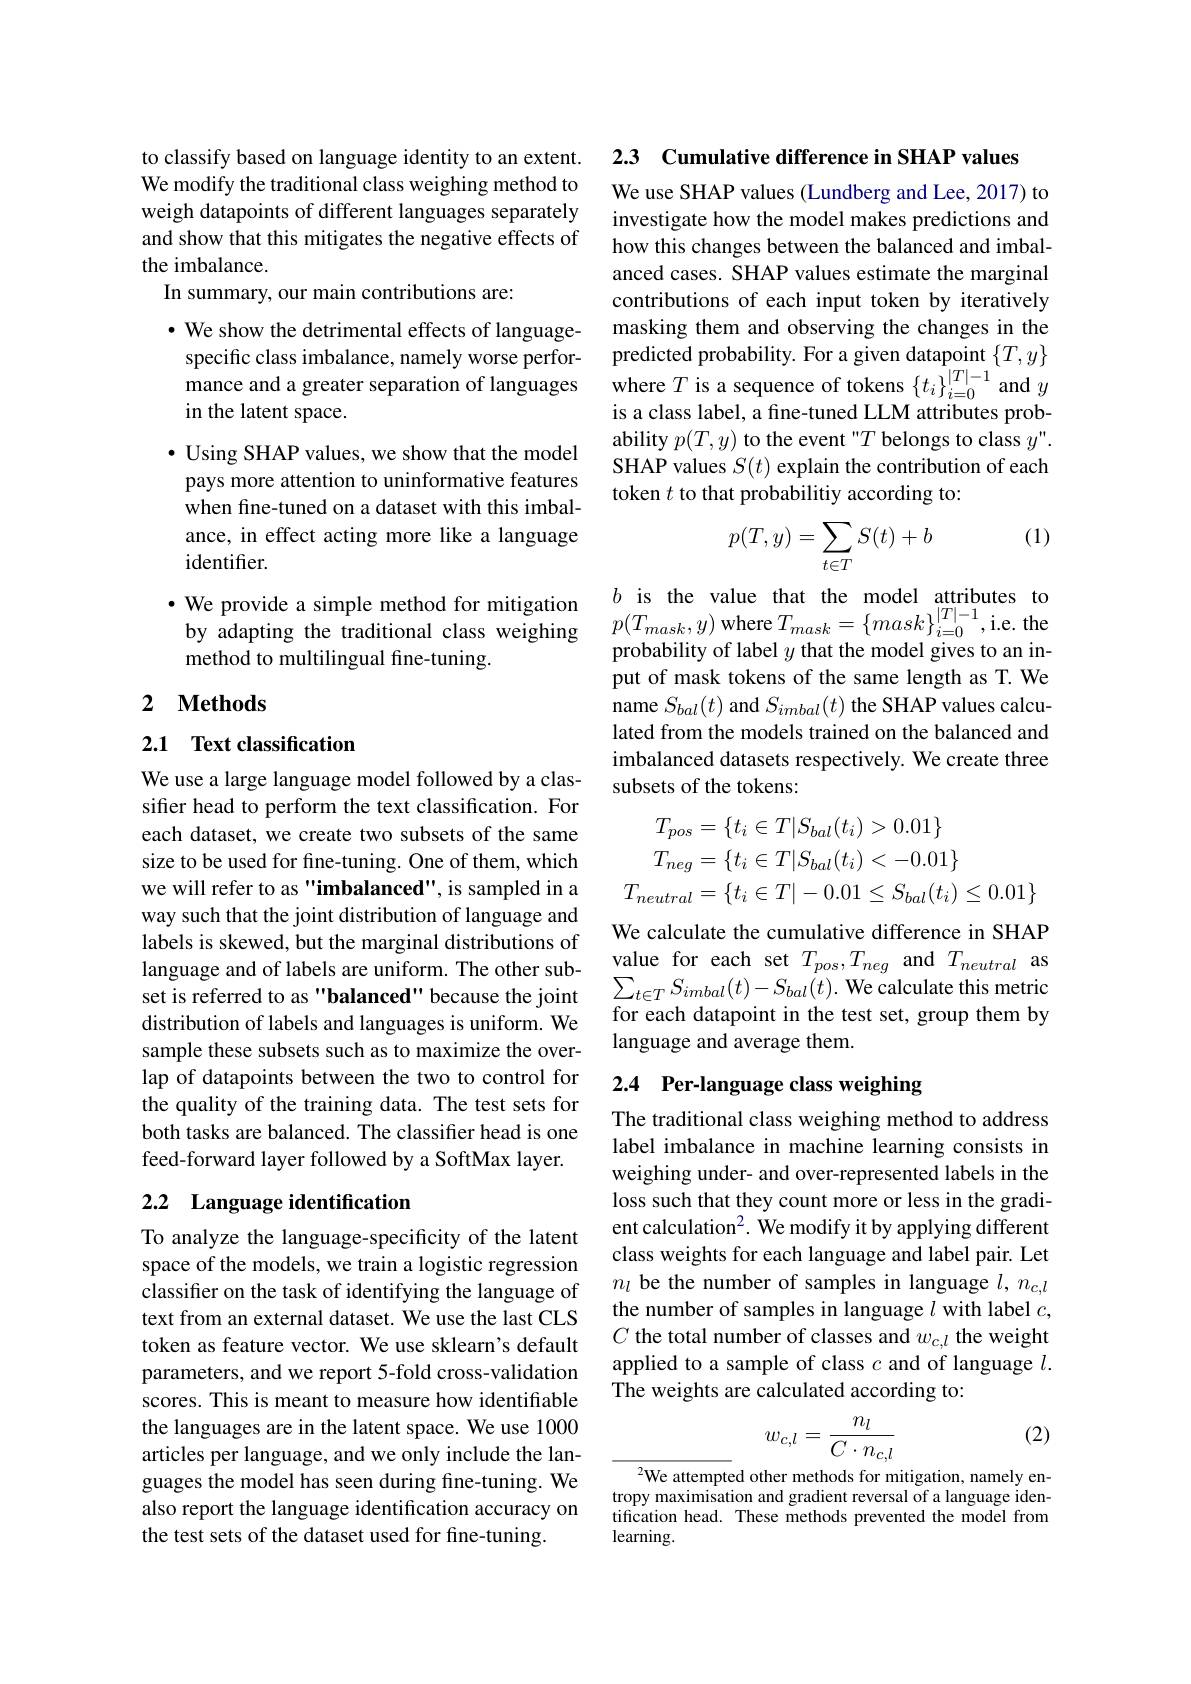
to classify based on language identity to an extent. We modify the traditional class weighing method to weigh datapoints of different languages separately and show that this mitigates the negative effects of the imbalance.
In summary, our main contributions are:

· We show the detrimental effects of languagespecific class imbalance, namely worse performance and a greater separation of languages in the latent space.
$\bullet$ Using SHAP values, we show that the model pays more attention to uninformative features when fine-tuned on a dataset with this imbalance, in effect acting more like a language identifier.
$\bullet$ We provide a simple method for mitigation by adapting the traditional class weighing method to multilingual fine-tuning.

## 2 $\textbf{Methods}$

2.1 Text classification

We use a large language model followed by a classifer head to perform the text classification. For each dataset, we create two subsets of the same size to be used for fine-tuning. One of them, which we will refer to as "imbalanced", is sampled in a way such that the joint distribution of language and labels is skewed, but the marginal distributions of language and of labels are uniform. The other subset is referred to as "balanced" because the joint distribution of labels and languages is uniform. We sample these subsets such as to maximize the overlap of datapoints between the two to control for the quality of the training data. The test sets for both tasks are balanced. The classiffer head is one feed-forward layer followed by a SoftMax layer.

## 2.2 Language identification

To analyze the language-specificity of the latent space of the models, we train a logistic regression classifier on the task of identifying the language of text from an external dataset. We use the last CLS token as feature vector. We use sklearn's default parameters, and we report 5-fold cross-validation scores. This is meant to measure how identifiable the languages are in the latent space. We use 1000 articles per language, and we only include the languages the model has seen during fine-tuning. We also report the language identification accuracy on the test sets of the dataset used for fine-tuning.

2.3 Cumulative difference in SHAP values

We use SHAP values (Lundberg and Lee, 2017) to investigate how the model makes predictions and how this changes between the balanced and imbalanced cases. SHAP values estimate the marginal contributions of each input token by iteratively masking them and observing the changes in the predicted probability. For a given datapoint $\{T,y\}$ where $T$ is a sequence of tokens $\{t_i\}_i=0^{|T|-1}$ and $y$ is a class label, a fine-tuned LLM attributes probability $p(T,y)$ to the event "$T$ belongs to class $y".$ SHAP values $S(t)$ explain the contribution of each token $t$ to that probabilitiy according to:

(1)
$$p(T,y)=\sum\limits_{t\in T}S(t)+b$$
$b$ is the value that the model attributes to $p(T_{mask},y)$ where $T_mask=\{mask\}_{i=0}^{|T|-1}$,i.e. the

probability of label $y$ that the model gives to an input of mask tokens of the same length as T. We name $S_{bal}(t)$ and $S_{imbal}(t)$ the SHAP values calculated from the models trained on the balanced and imbalanced datasets respectively. We create three subsets of the tokens:
$$\begin{aligned}T_{pos}&=\{t_{i}\in T|S_{bal}(t_{i})>0.01\}\\T_{neg}&=\{t_{i}\in T|S_{bal}(t_{i})<-0.01\}\\T_{neutral}&=\{t_{i}\in T|-0.01\leq S_{bal}(t_{i})\leq0.01\}\end{aligned}$$
We calculate the cumulative difference in SHAP value for each set $T_{pos},T_{neg}$ and $T_{neutral}$ as $\sum_{t\in T}S_{imbal}(t)-S_{bal}(t).$ We calculate this metric for each datapoint in the test set, group them by language and average them.

## 2.4 Per-language class weighing

The traditional class weighing method to address label imbalance in machine learning consists in weighing under- and over-represented labels in the loss such that they count more or less in the gradient calculation$^{2}.$ We modify it by applying different class weights for each language and label pair. Let $n_l$ be the number of samples in language $l,n_c,l$ the number of samples in language $l$ with label $c$, $C$ the total number of classes and $w_c,l$ the weight applied to a sample of class $c$ and of language $l.$ The weights are calculated according to:

(2)
$$w_{c,l}=\frac{n_l}{C\cdot n_{c,l}}$$
$^{2}$We attempted other methods for mitigation, namely entropy maximisation and gradient reversal of a language identification head. These methods prevented the model from learning.